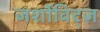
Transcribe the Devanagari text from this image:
जर्शोविट्ज़